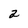
Character: a